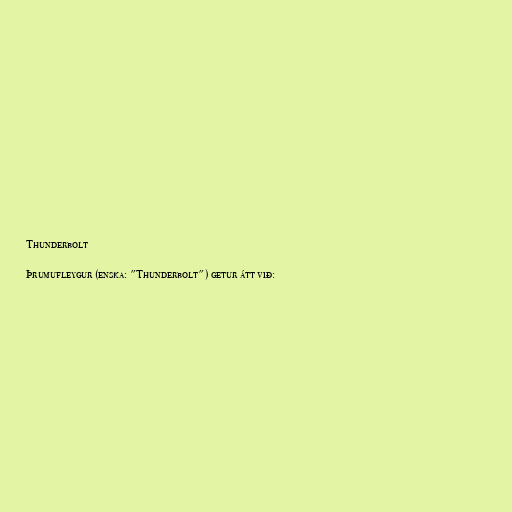
Thunderbolt

Þrumufleygur (enska: "Thunderbolt") getur átt við: